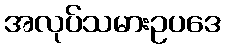
အလုပ်သမားဥပဒေ